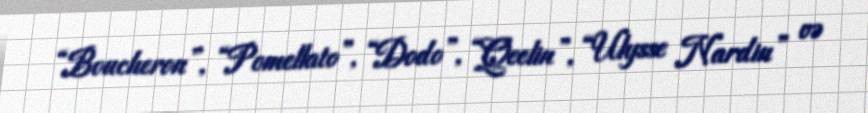
“Boucheron”, “Pomellato”, “Dodo”, “Qeelin”, “Ulysse Nardin” və